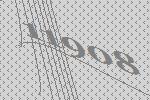
11908